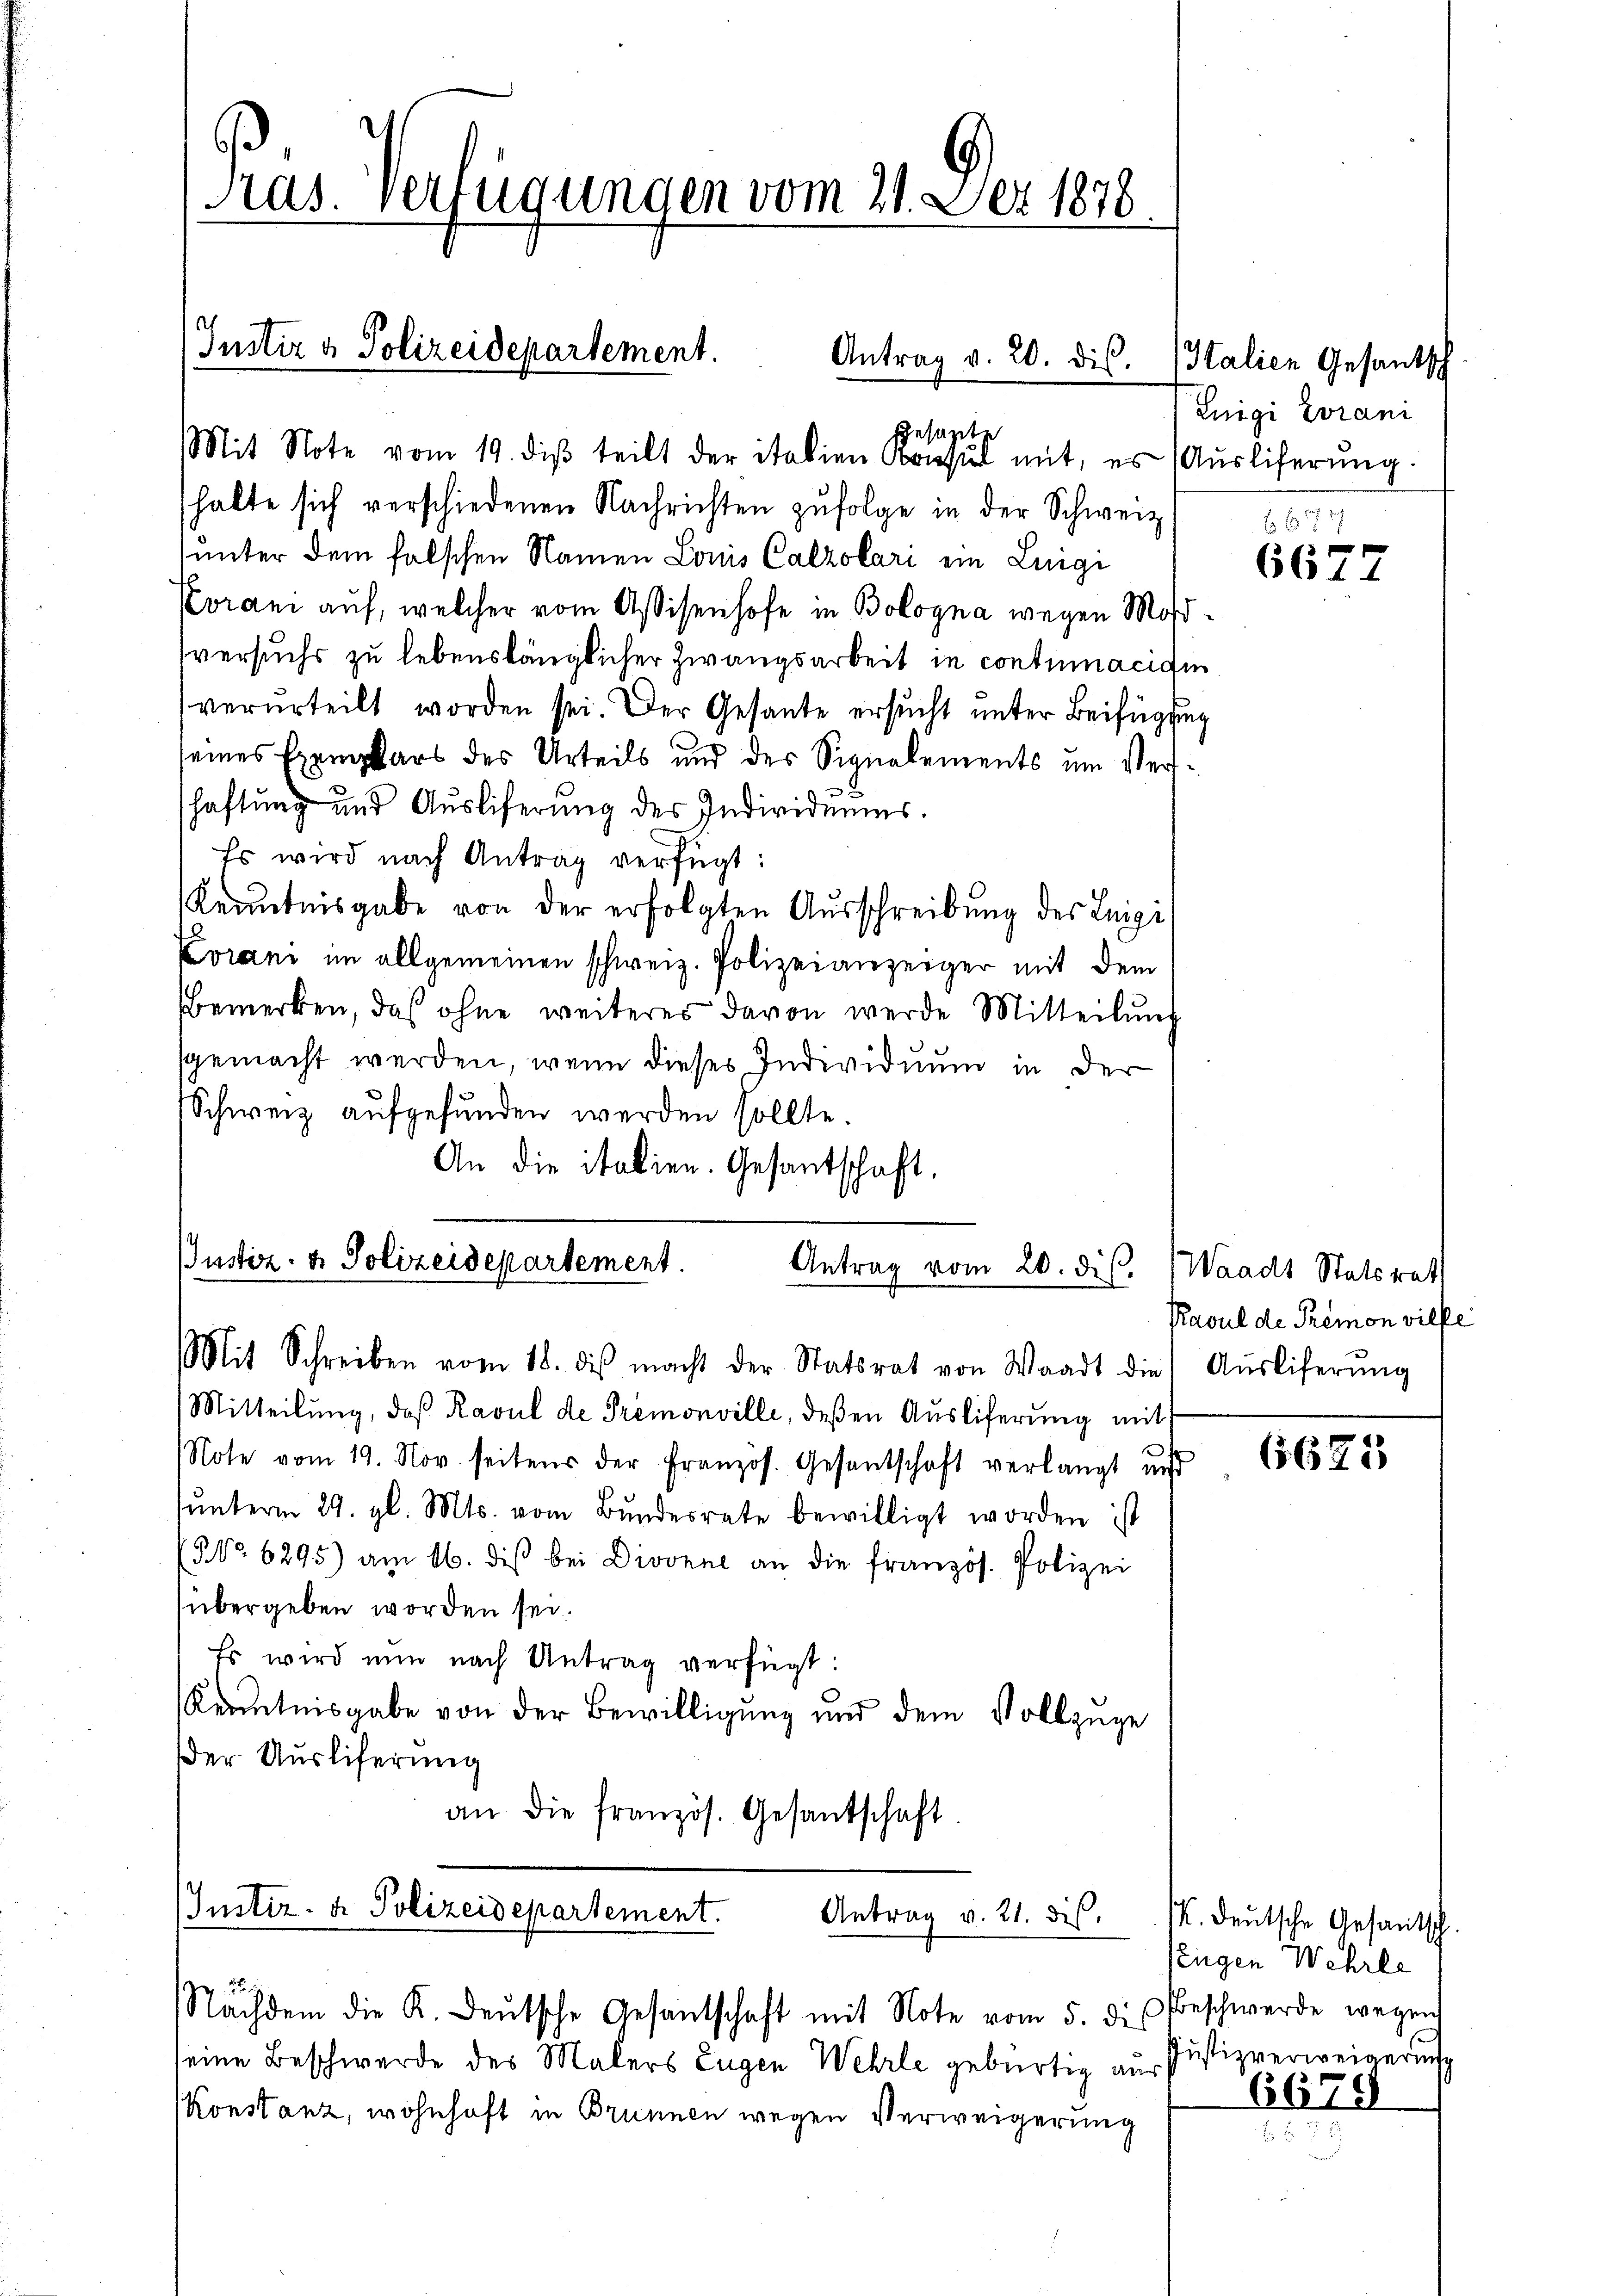
halte sich verschiedenen Nachrichten zŭfolge in der Schweiz.
unter dem falschen Namen Louis Calzolari ein Luigi
Koran auf, welcher vom Assisenhofe in Bologna wegen Maßversuchs zu lebenslänglicher Zwangsarbeit in contumacigin
verurteilt worden sei. Der Gesante ersucht unter Beifügung
seines Exemplars des Urteils und des Signalements um Verschaftung und Ausliferung des Individuums.
Es wird nach Antrag verfügt:
Kenntnisgabe von der erfolgten Ausschreibung des Leigi
Korani im allgemeinen schweiz. Polizeianzeiger mit dem
Bemerken, daß ohne weiteres davon werde Mitteilŭng
sgemacht werden, wenn dieses Individuum in der
Schweiz aufgefunden werden sollte.
An die italien. Gesantschaft.

Pras. Verfügungen vom 21. Der 1878
Justiz & Polizeidepartement.
Antrag v. 20. dis.
gesagte
Mit Note vom 19. diβ teilt der italien Konsul mit, es (Ausliferŭng.

Justiz- & Polizeidepartement.
Antrag vom 20. dis.
Mit Schreiben vom 18. dβ macht der Statsrat von Waadt die Aŭsliferŭng

Mitteilung, daß Ravul de Premonville, deßen Ausliferung mit
Note vom 19. Nov. seitens der französ. Gesantschaft verlangt und
ŭnterm 29. gl. Mts. vom Bŭndesrate bewilligt worden ist
NNo. 6295) am 16. diβ bei Divorne an die französ. Polizei
übergeben worden sei.
Es wird nun nach Antrag verfügt:
Kenntnisgabe von der Bewilligung und dem Vollzüge
Der Ausliferung
an die französ. Gesantschaft

Justiz- & Polizeidepartement.
Antrag v. 21. dies.
Nachdem die K. Deutsche Gesandschaft mit Note vom 5. des Beschwerde wegen

Italien Gesantsch
Eigi Evrani

eine Beschwerde des Malers Eugen Wehrle gebürtig aus
Konstanz, wohnhaft in Brunnen wegen Verweigerung

674
6677

Waadt Statsrath
Pasul de Premon ville

(5623

K. Deutsche Gesamtsch
Eugen Wehrle
Justizverweigerung

6678